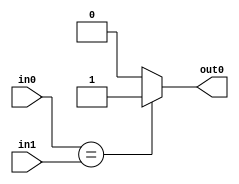

module comparator(
    input [7:0] in0,
    input [7:0] in1,
    output out0
    );
    
    assign out0 = (in0 == in1) ? 1 : 0;
endmodule